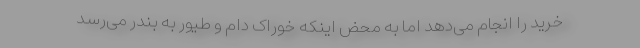
خرید را انجام می‌دهد اما به محض اینکه خوراک دام و طیور به بندر می‌رسد